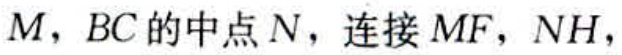
$M，BC的中点N，连接MF，NH，$